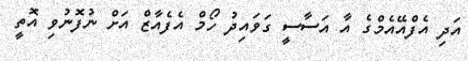
އަދި އެފްއޭއެމްގެ އާ އަސާސީ ގަވައިދު ހޯމް އެފެއާޒް އަށް ނުފޮނުވި އޮތީ